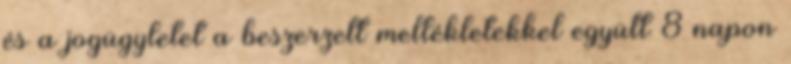
és a jogügyletet a beszerzett mellékletekkel együtt 8 napon